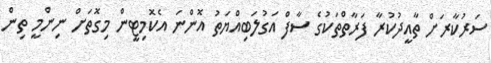
ސަރުކާރަށް ތާއީދުކުރާ ފަރާތްތަކުގެ ސާފް އަގުލަބިއްޔަތު އޮންނަ އެކޮމިޓީން މިގޮތަށް ނިންމީ ތިން